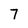
Character: 7